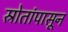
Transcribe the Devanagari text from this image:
स्रोतांपासून